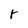
Character: r